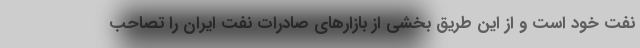
نفت خود است و از این طریق بخشی از بازارهای صادرات نفت ایران را تصاحب